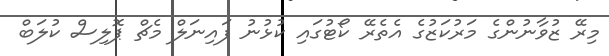
މިރޭ ޒުވާނުންގެ މަރުކަޒުގެ އެތެރޭ ކޯޓުގައި ކުޅުނު ފައިނަލް މެޗް ޕޮލިސް ކުލަބް